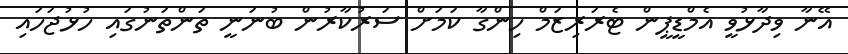
އޭނާ ވިދާޅުވީ އެމްޑީޕީން ޓެރަރިޒަމް ހިންގާ ކަމަށް ސަރުކާރުން ބުނަނީ ތަންތަނުގައި ހުޅުޖަހައި